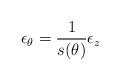
LaTeX: \begin{align*}\epsilon_\theta=\frac1{s(\theta)}\epsilon_z\end{align*}